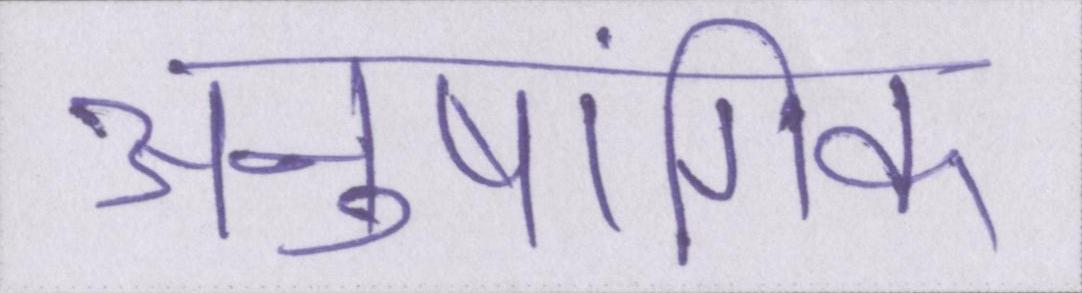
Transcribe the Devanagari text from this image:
अनुषांगिक